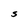
Character: S